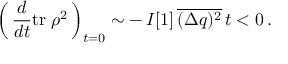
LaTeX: \left( \, \frac { d } { d t } \mathrm { t r } \; \rho ^ { 2 } \, \right) _ { t = 0 } \sim - \, { \cal I } [ 1 ] \, \overline { { { ( \Delta q ) ^ { 2 } } } } \, t < 0 \, .